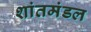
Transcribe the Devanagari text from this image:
शांतमंडल